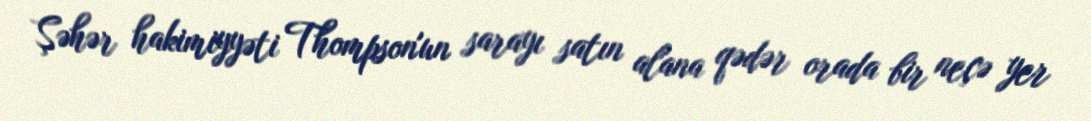
Şəhər hakimiyyəti Thompson'un sarayı satın alana qədər orada bir neçə yer